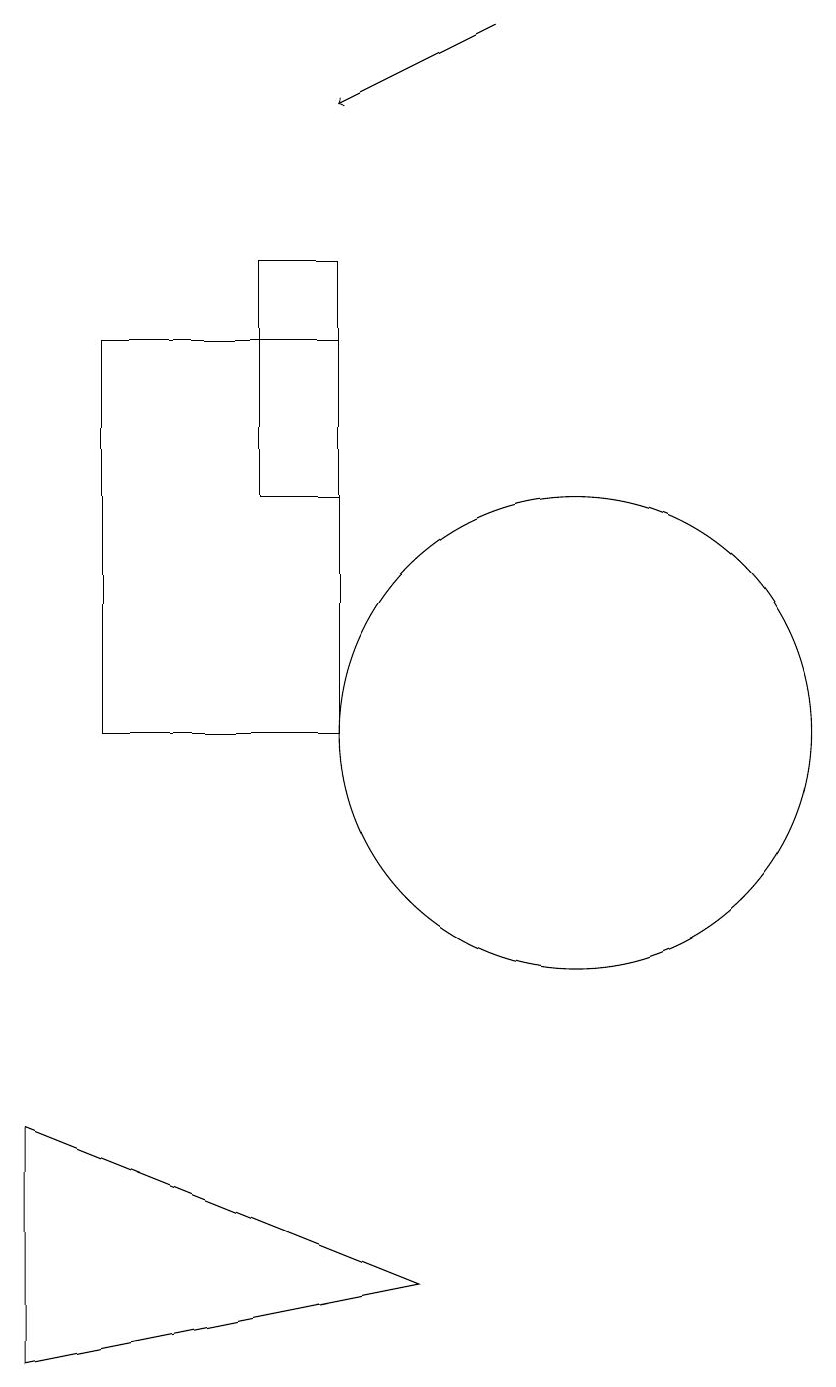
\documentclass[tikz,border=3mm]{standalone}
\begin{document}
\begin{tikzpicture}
\draw (4,15) rectangle (7,10);
\draw[->] (9,19) -- (7,18);
\draw (8,3) -- (3,2) -- (3,5) -- cycle;
\draw (10,10) circle (3);
\draw (7,16) rectangle (6,13);
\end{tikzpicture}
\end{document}